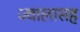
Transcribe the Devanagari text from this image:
ज्वालासह